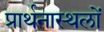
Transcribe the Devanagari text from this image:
प्रार्थनास्थलों